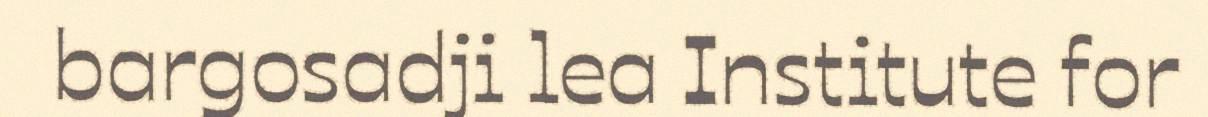
bargosadji lea Institute for